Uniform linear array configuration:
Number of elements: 4
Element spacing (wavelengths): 1
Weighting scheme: cosine
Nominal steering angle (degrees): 30
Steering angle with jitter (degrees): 31.996
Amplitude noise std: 0.05
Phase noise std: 0.05

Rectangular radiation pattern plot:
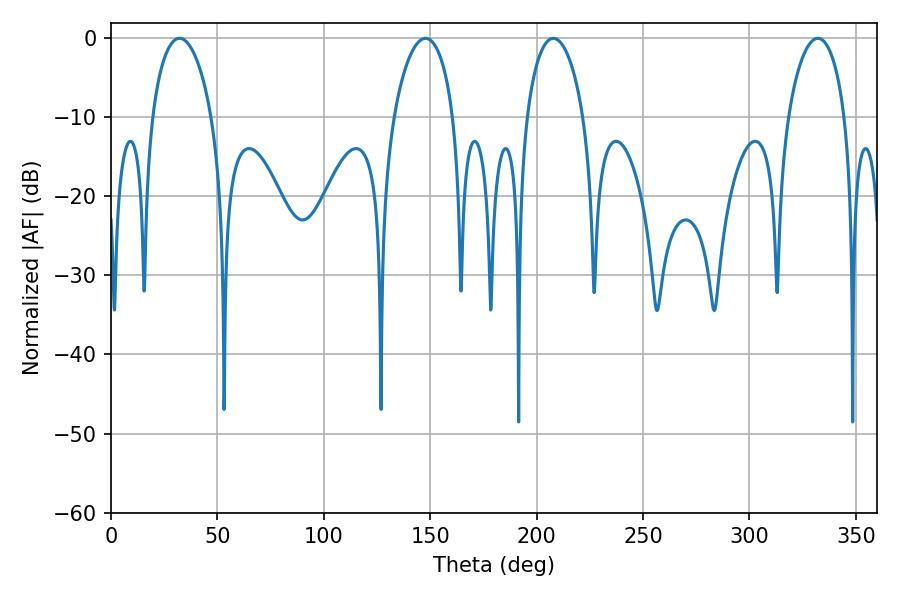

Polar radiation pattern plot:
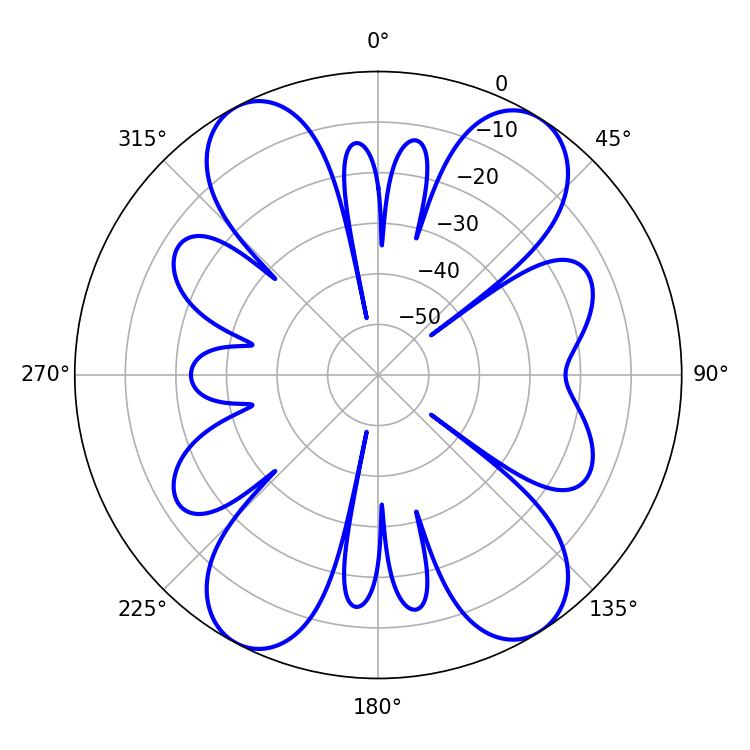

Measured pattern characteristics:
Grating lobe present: TRUE
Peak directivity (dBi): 15.625
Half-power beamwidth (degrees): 15.84
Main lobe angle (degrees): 32.22